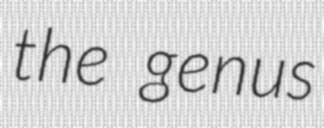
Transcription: the genus